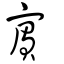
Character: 賔